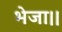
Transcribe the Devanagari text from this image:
भेजा।।